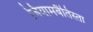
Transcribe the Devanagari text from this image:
जियामबैतिस्ता